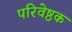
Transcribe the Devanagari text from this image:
परिवेष्ठक